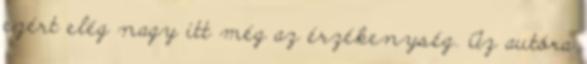
ezért elég nagy itt még az érzékenység. Az autóra